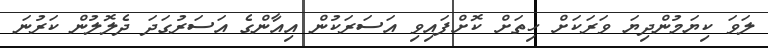
ލަވަ ކިޔަމުންދިޔަ ވަރަކަށް ހިތަށް ކޮށްފައިވި އަސަރަކުން އިއާންގެ އަސަރުގަދަ ދެލޮލުން ކަރުނަ